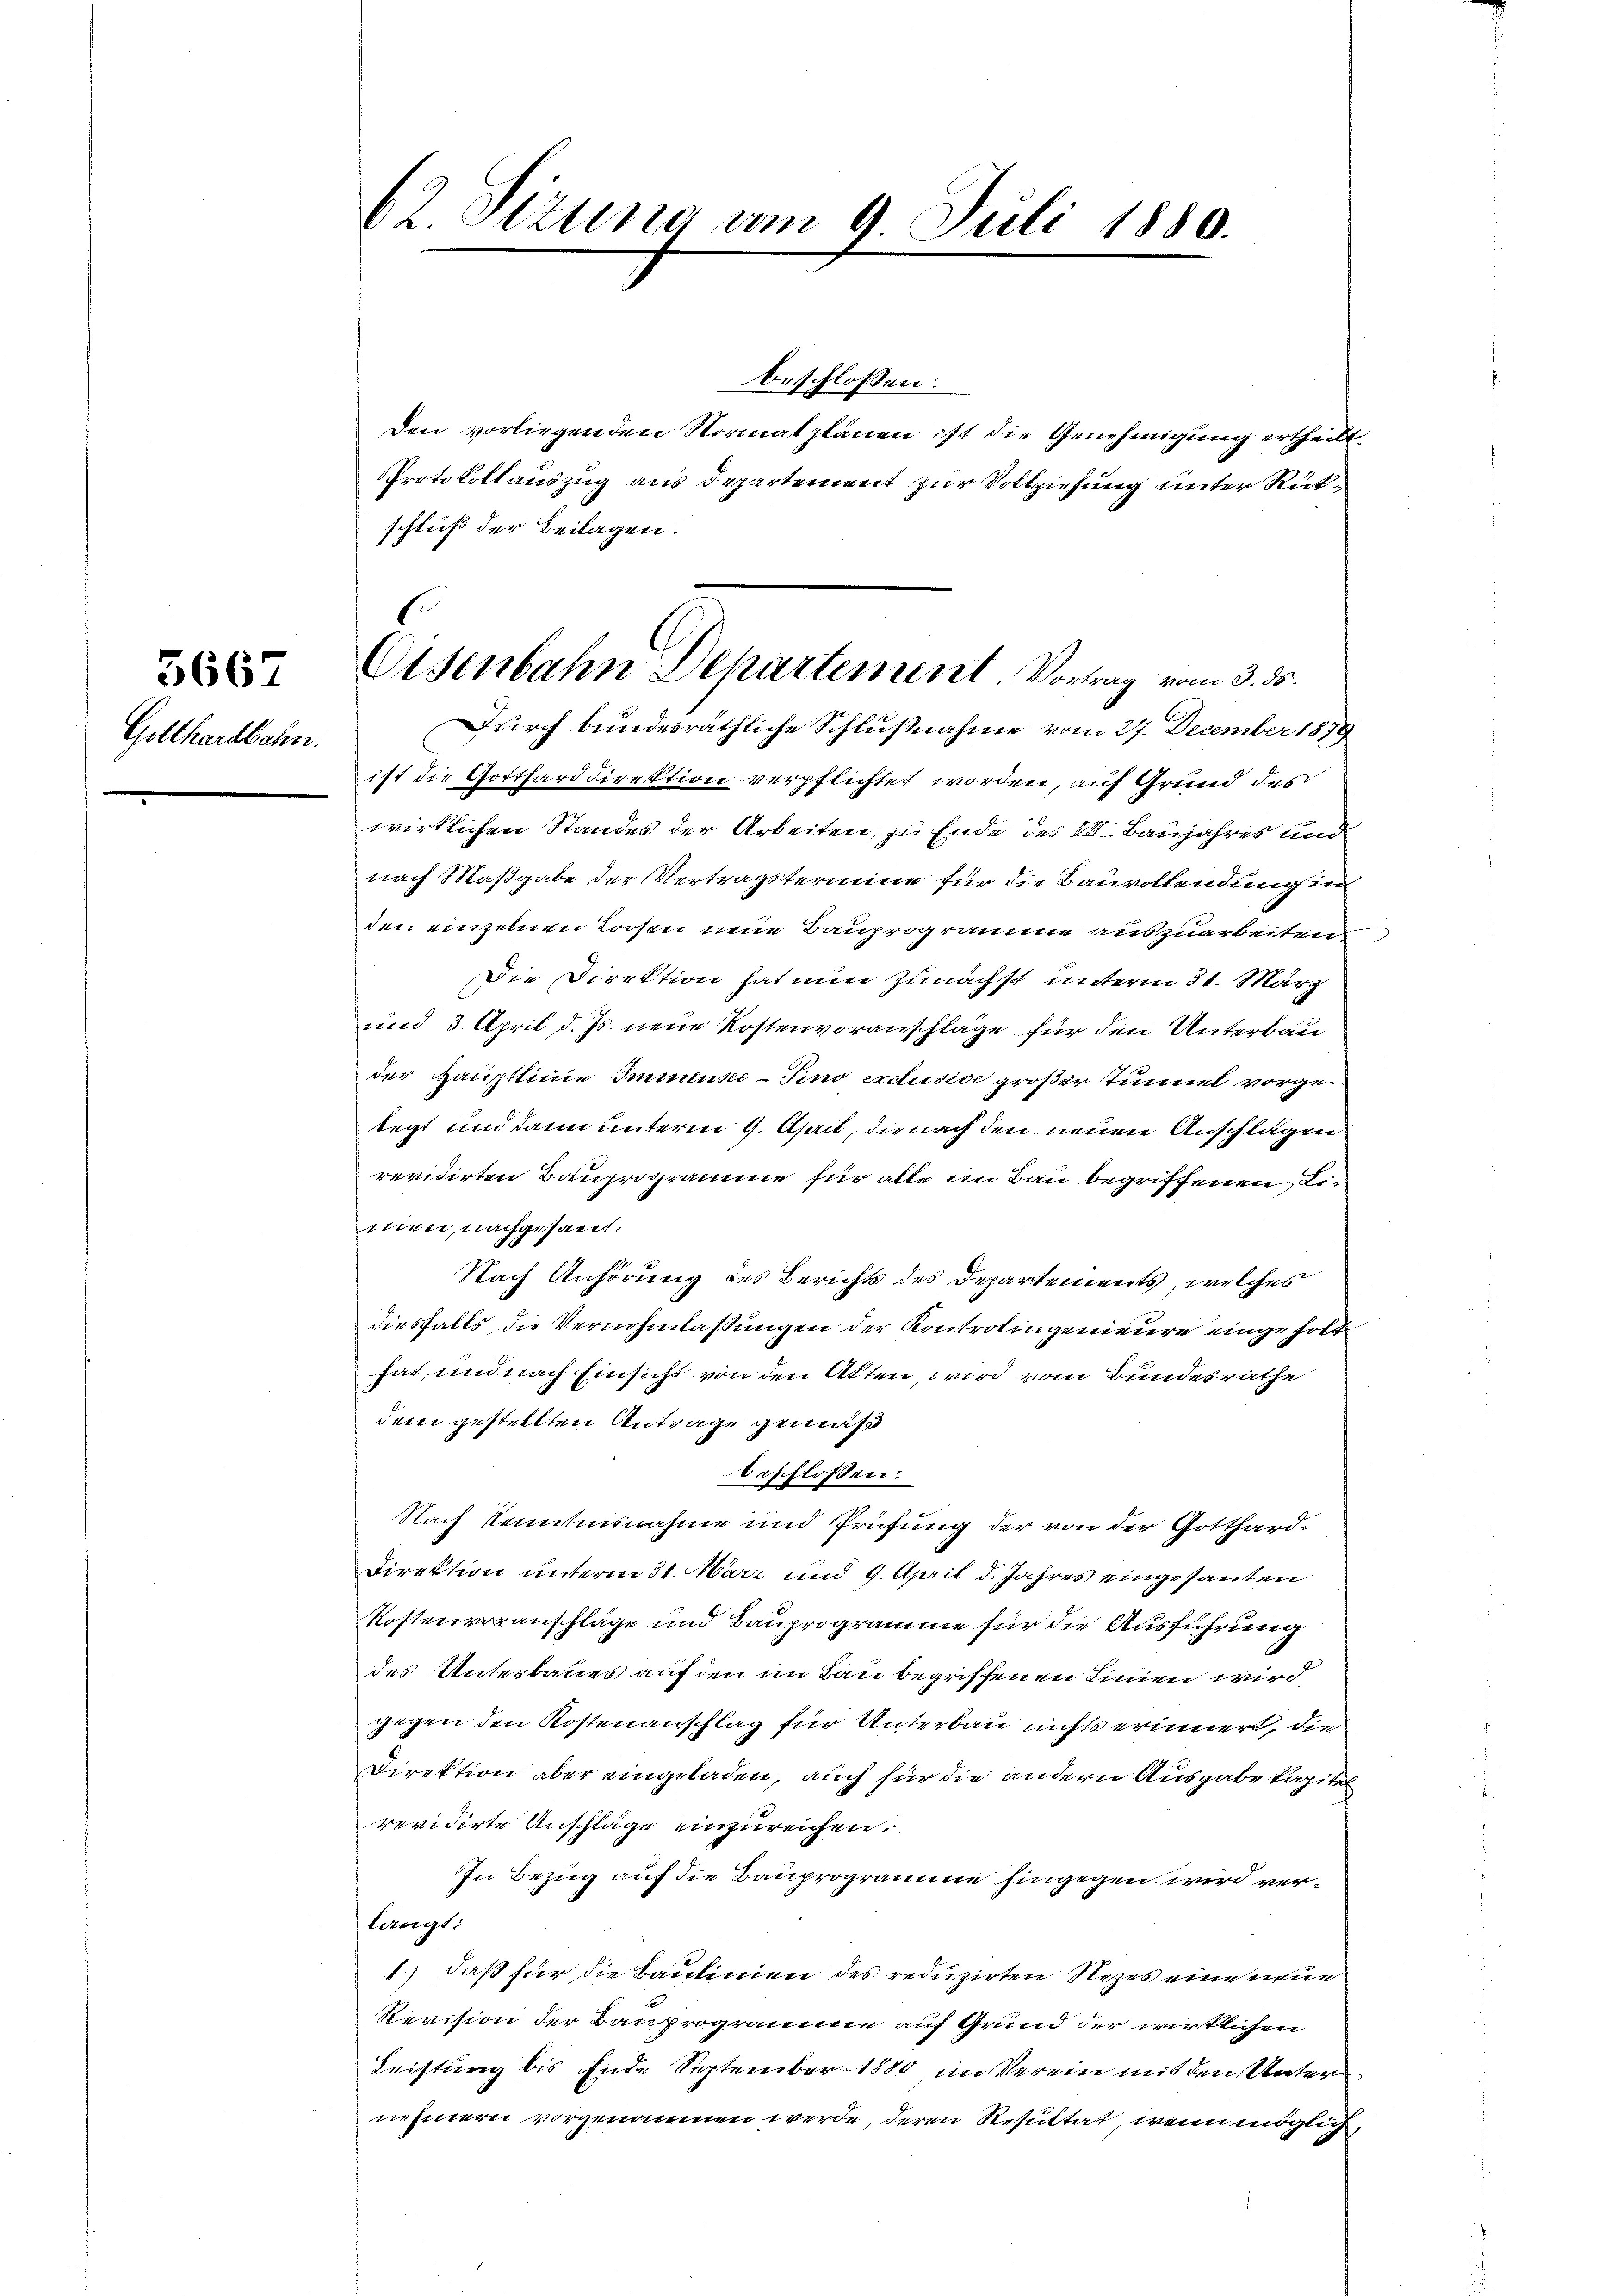
5667

Gotthardbahn.

62 Sizung vom 9. Juli 1880.

Eisenbahn Departement. Vortrag vom 3. ds.

beschlossen:
Den vorliegenden Normatplänen ist die Genehmigung ertheilt.
Protokollauszug aus Departement zur Vollziehung unter Rückschluß der Beilagen.
Durch bundesräthliche Schlußnahme vom 27. December 1879
ist die Gottharddirektion verpflichtet worden, auf Grund des
wirklichen Standes der Arbeiten, zu Ende des III. Baujahres und
nach Maßgabe der Vertragstermine für die Bauvollendung in
den einzelnen Loosen neue Bauprogramme auszuarbeiten
Die Direktion hat nun zunächst unterm 31. März
und 3. April d. Js. neue Kostenvoranschläge für den Unterbau
der Hauptlinie Immense-Sino exclusive großer Tunnel vorgelegt und dann unterm 9. April, die nach den neuen Anschlägen
revidirten Bauprogramme für alle im Bau begriffenen Litiime, nachgesant.
Nach Anhörung des Berichts des Departements, welches
diesfalls die Vernehmlassungen der Kontrotingenieure eingeholt
hat, und nach Einsicht von den Alten, wird vom Bundesrathe
dem gestellten Antrage gemäß
beschlossen:
Nach Kenntnisnahme und Prüfung der von der Gotthard¬
Direktion unterm 31. März und 9. April d. Jahres eingesanten
Kostenveranschläge und Bauprogramme für die Ausführung
des Unterbaues auf den im Bau begriffenen Linien wird,
gegen den Kostenanschlag für Unterbau nichts erinnert, die
Direktion aber eingeladen, auch für die andern Ausgabe kapitel
revidirte Anschläge einzureichen.
In Bezug auf die Bauprogramme hingegen wird verlangt.
1.) daß für die Baulinien des reduzirten Rezes eine neue
Revision der Bauprogramme auf Grund der wirklichen
Leistung bis Ende September 1880 im Verein mit den Unter
nehmern vorgenommen werde, deren Resultat, wenn möglich,

n